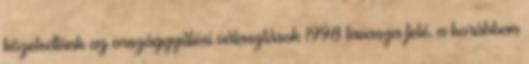
közeledtünk az országgyűlési választások 1998 tavasza felé, a korábban